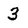
Character: 3